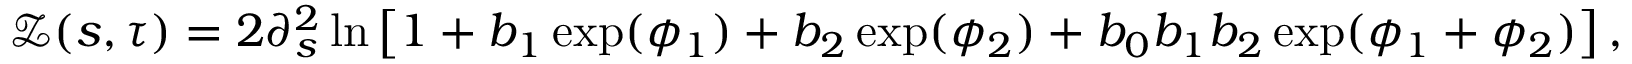
\mathcal { Z } ( s , \tau ) = 2 \partial _ { s } ^ { 2 } \ln \left[ 1 + b _ { 1 } \exp ( \phi _ { 1 } ) + b _ { 2 } \exp ( \phi _ { 2 } ) + b _ { 0 } b _ { 1 } b _ { 2 } \exp ( \phi _ { 1 } + \phi _ { 2 } ) \right] ,